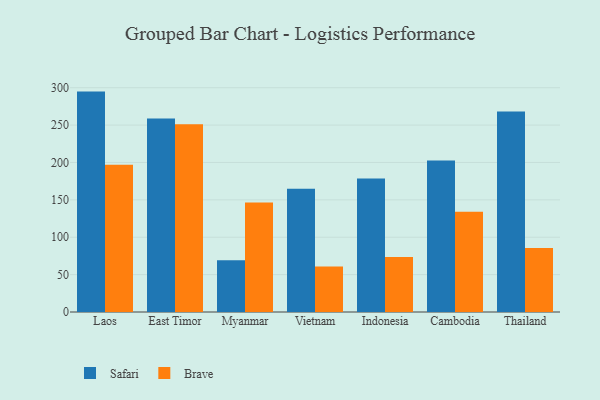
{"axis": {"x": "Country", "y": "LTV (USD)"}, "legend": ["Brave", "Safari"], "data": [{"x": "Laos", "y": 294.8, "type": "Safari"}, {"x": "Laos", "y": 196.8, "type": "Brave"}, {"x": "East Timor", "y": 258.8, "type": "Safari"}, {"x": "East Timor", "y": 251.2, "type": "Brave"}, {"x": "Myanmar", "y": 69.3, "type": "Safari"}, {"x": "Myanmar", "y": 146.5, "type": "Brave"}, {"x": "Vietnam", "y": 165.0, "type": "Safari"}, {"x": "Vietnam", "y": 61.0, "type": "Brave"}, {"x": "Indonesia", "y": 178.7, "type": "Safari"}, {"x": "Indonesia", "y": 73.7, "type": "Brave"}, {"x": "Cambodia", "y": 202.6, "type": "Safari"}, {"x": "Cambodia", "y": 134.2, "type": "Brave"}, {"x": "Thailand", "y": 268.1, "type": "Safari"}, {"x": "Thailand", "y": 85.6, "type": "Brave"}]}